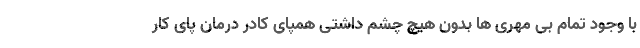
با وجود تمام بی مهری ها بدون هیچ چشم داشتی همپای کادر درمان پای کار